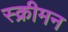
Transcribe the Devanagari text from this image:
स्क्रीमन